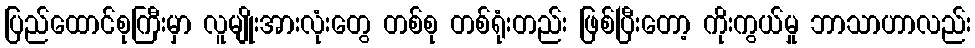
ပြည်ထောင်စုကြီးမှာ လူမျိုးအားလုံးတွေ တစ်စု တစ်ရုံးတည်း ဖြစ်ပြီးတော့ ကိုးကွယ်မှု ဘာသာဟာလည်း